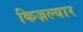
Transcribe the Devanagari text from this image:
किज़ल्यार